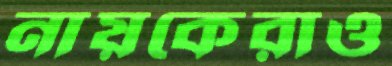
নায়কেরাও